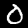
Digit: 0